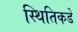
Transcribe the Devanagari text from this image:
स्थितिकडे